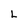
Character: L